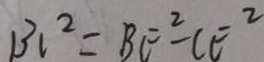
B C ^ { 2 } = B E ^ { 2 } - C E ^ { 2 }